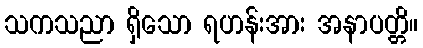
သကသညာ ရှိသော ရဟန်းအား အနာပတ္တိ။